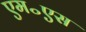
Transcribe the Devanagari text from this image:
एम॰एस